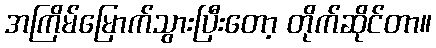
အကြိမ်မြောက်သွားပြီးတော့ တိုက်ဆိုင်တာ။